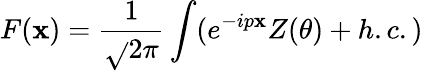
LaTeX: F(\mathbf{x})=\frac{{1}}{{\sqrt{}{{2\pi}}}}\int(e^{-ip\mathbf{x}}Z(\theta)+h.c.)